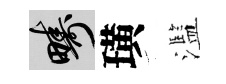
疇璜濫